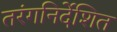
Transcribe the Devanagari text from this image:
तरंगनिर्देशित